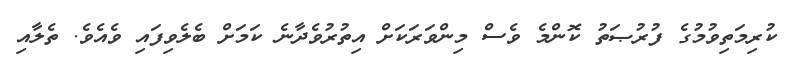
ކުރިމަތިވުމުގެ ފުރުޞަތު ކޮންމެ ވެސް މިންވަރަކަށް އިތުރުވެދާނެ ކަމަށް ބެލެވިފައި ވެއެވެ. ތެލާއި